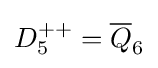
D_{5}^{++}={\overline {Q}}_{6}